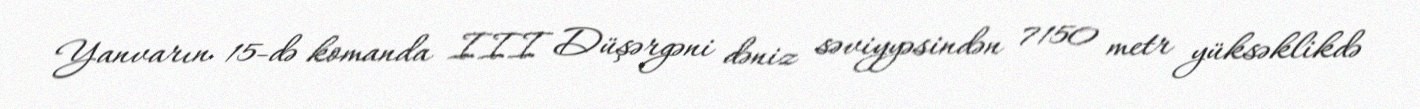
Yanvarın 15-də komanda III Düşərgəni dəniz səviyyəsindən 7150 metr yüksəklikdə